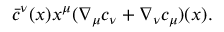
\bar { c } ^ { \nu } ( x ) x ^ { \mu } ( \nabla _ { \mu } c _ { \nu } + \nabla _ { \nu } c _ { \mu } ) ( x ) .